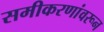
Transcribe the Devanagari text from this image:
समीकरणांवरून